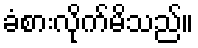
ခံစားလိုက်မိသည်။